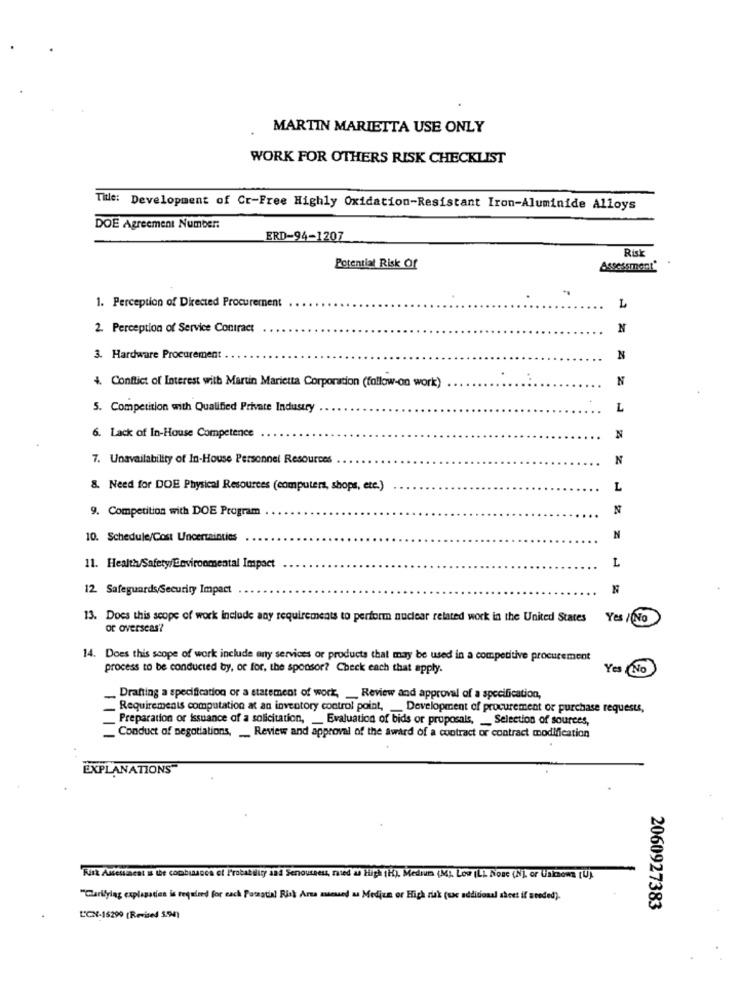
MARTIN MARIETTA USE ONLY
WORK FOR OTHERS RISK CHECKLIST
Title: Development of Cr-Free Highly Oxidation-Resistant Iron-Aluminide Alloys
DOE Agreement Number:
ERD-94-1207
Risk
Potential Risk Of
Assessment
1. Perception of Directed Procurement
L
2. Perception of Service Contract
N
3. Hardware Procurement
N
4. Conflict of Interest with Martin Marietta Corporation (follow-on work)
:
N
5. Competition with Qualified Private Industry
L
6. Lack of In-House Competence
N
7. Unavailability of In-House Personnel Resources
N
8. Need for DOE Physical Resources (computers, shops, etc.)
L
9. Competition with DOE Program
N
10. Schedule/Cost Uncertainties
N
L
11. Health/Safety/Environmental Impact
12. Safeguards/Security Impact
N
13. Does this scope of work include any requirements to perform nuclear related work in the United States
Yes / No
or overseas'?
14. Does this scope of work include any services or products that may be used in a competitive procurement
process to be conducted by, or for, the sponsor? Check each that apply.
Yes
Drafting a specification or a statement of work, _ Review and approval of a specification,
Requirements computation at an inventory control point, Development of procurement of purchase requests,
Preparation or issuance of a solicitation, _ Evaluation of bids or proposals, __ Selection of sources,
_ Conduct of negotiations, __ Review and approval of the award of a contract or contract modification
EXPLANATIONS"
Risk Assessment is the combusoch of Probability and Senousness, ried a High (H), Medium (MA Low ILL Nose (N) or Unknown [U]
"Clarifylag explanation is required for each Potsatin! Risk Arta meund a Medium or High zuk (sac additional sheet if needed).
2060927383
L'CX-16299 (Revised 5.94)